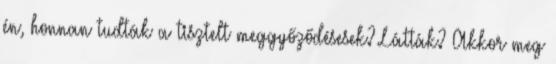
én, honnan tudták a tisztelt meggyőződésesek? Látták? Akkor meg